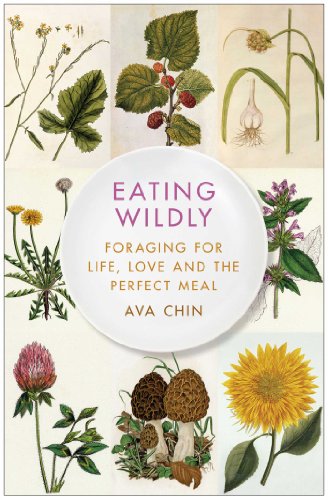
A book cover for Eating Wildly: Foraging for Life, Love and the Perfect Meal; Ava Chin; Biographies & Memoirs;